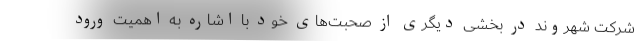
شرکت شهروند در بخشی دیگری از صحبت‌های خود با اشاره به اهمیت ورود